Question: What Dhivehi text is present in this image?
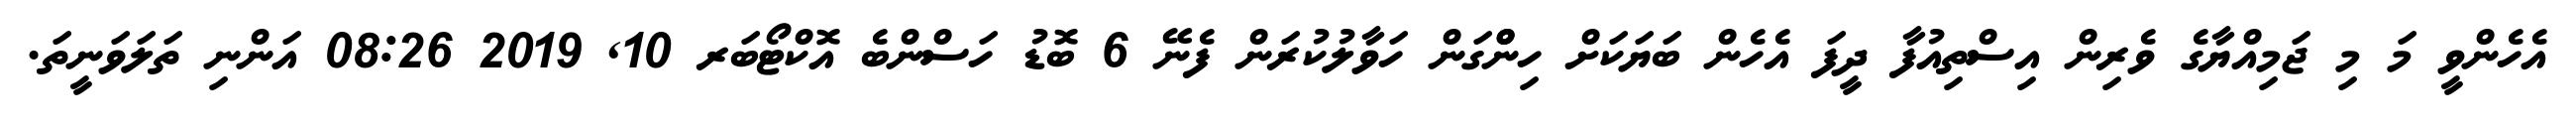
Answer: އެހެންވީ މަ މި ޖަމިއްޔާގެ ވެރިން އިސްތިއުފާ ދީފަ އެހެން ބަޔަކަށް ހިންްގަން ހަވާލުކުރަން ފެނޭ 6 ބޮޑު ހަސްންބެ އޮކްޓޯބަރ 10, 2019 08:26 އަންނި ތަލަވަނީތަ.